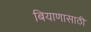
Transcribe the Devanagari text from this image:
बियाणासाठी